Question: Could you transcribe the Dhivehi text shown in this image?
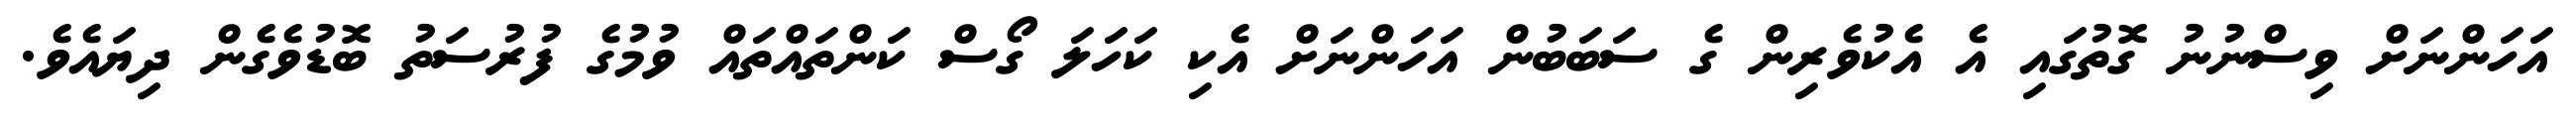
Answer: އަހަންނަށް ވިސްނުނު ގޮތުގައި އެ އެކުވެރިން ގެ ސަބަބުން އަހަންނަށް އެކި ކަހަލަ ގޯސް ކަންތައްތައް ވުމުގެ ފުރުސަތު ބޮޑުވެގެން ދިޔައެވެ.